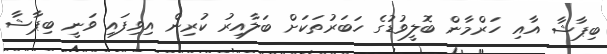
ބިޕާޝާ އާއި ހަރްމާން ބޮލީވުޑުގެ ހަބަރުތަކަށް ބަލާއިރު ކުރިން އިވިފައި ވަނީ ބިޕާޝާ